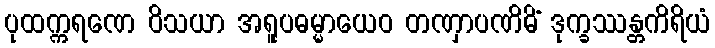
ပုထက္ကရဏေ ဝိသယာ အရူပဓမ္မာယေဝ တဏှာပဏိဓိံ ဒုက္ခဿန္တကိရိယံ